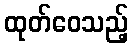
ထုတ်ဝေသည့်